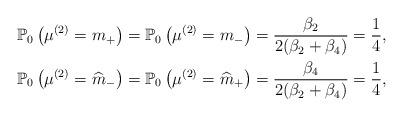
LaTeX: \begin{align*}& \mathbb{P}_0\left(\mu^{(2)}=m_+\right)= \mathbb{P}_0\left(\mu^{(2)}=m_-\right)= \frac{\beta_2}{2(\beta_2+\beta_4)}= \frac{1}{4}, \\& \mathbb{P}_0\left(\mu^{(2)}=\widehat{m}_-\right)= \mathbb{P}_0\left(\mu^{(2)}=\widehat{m}_+\right)= \frac{\beta_4}{2(\beta_2+\beta_4)}= \frac{1}{4},\end{align*}